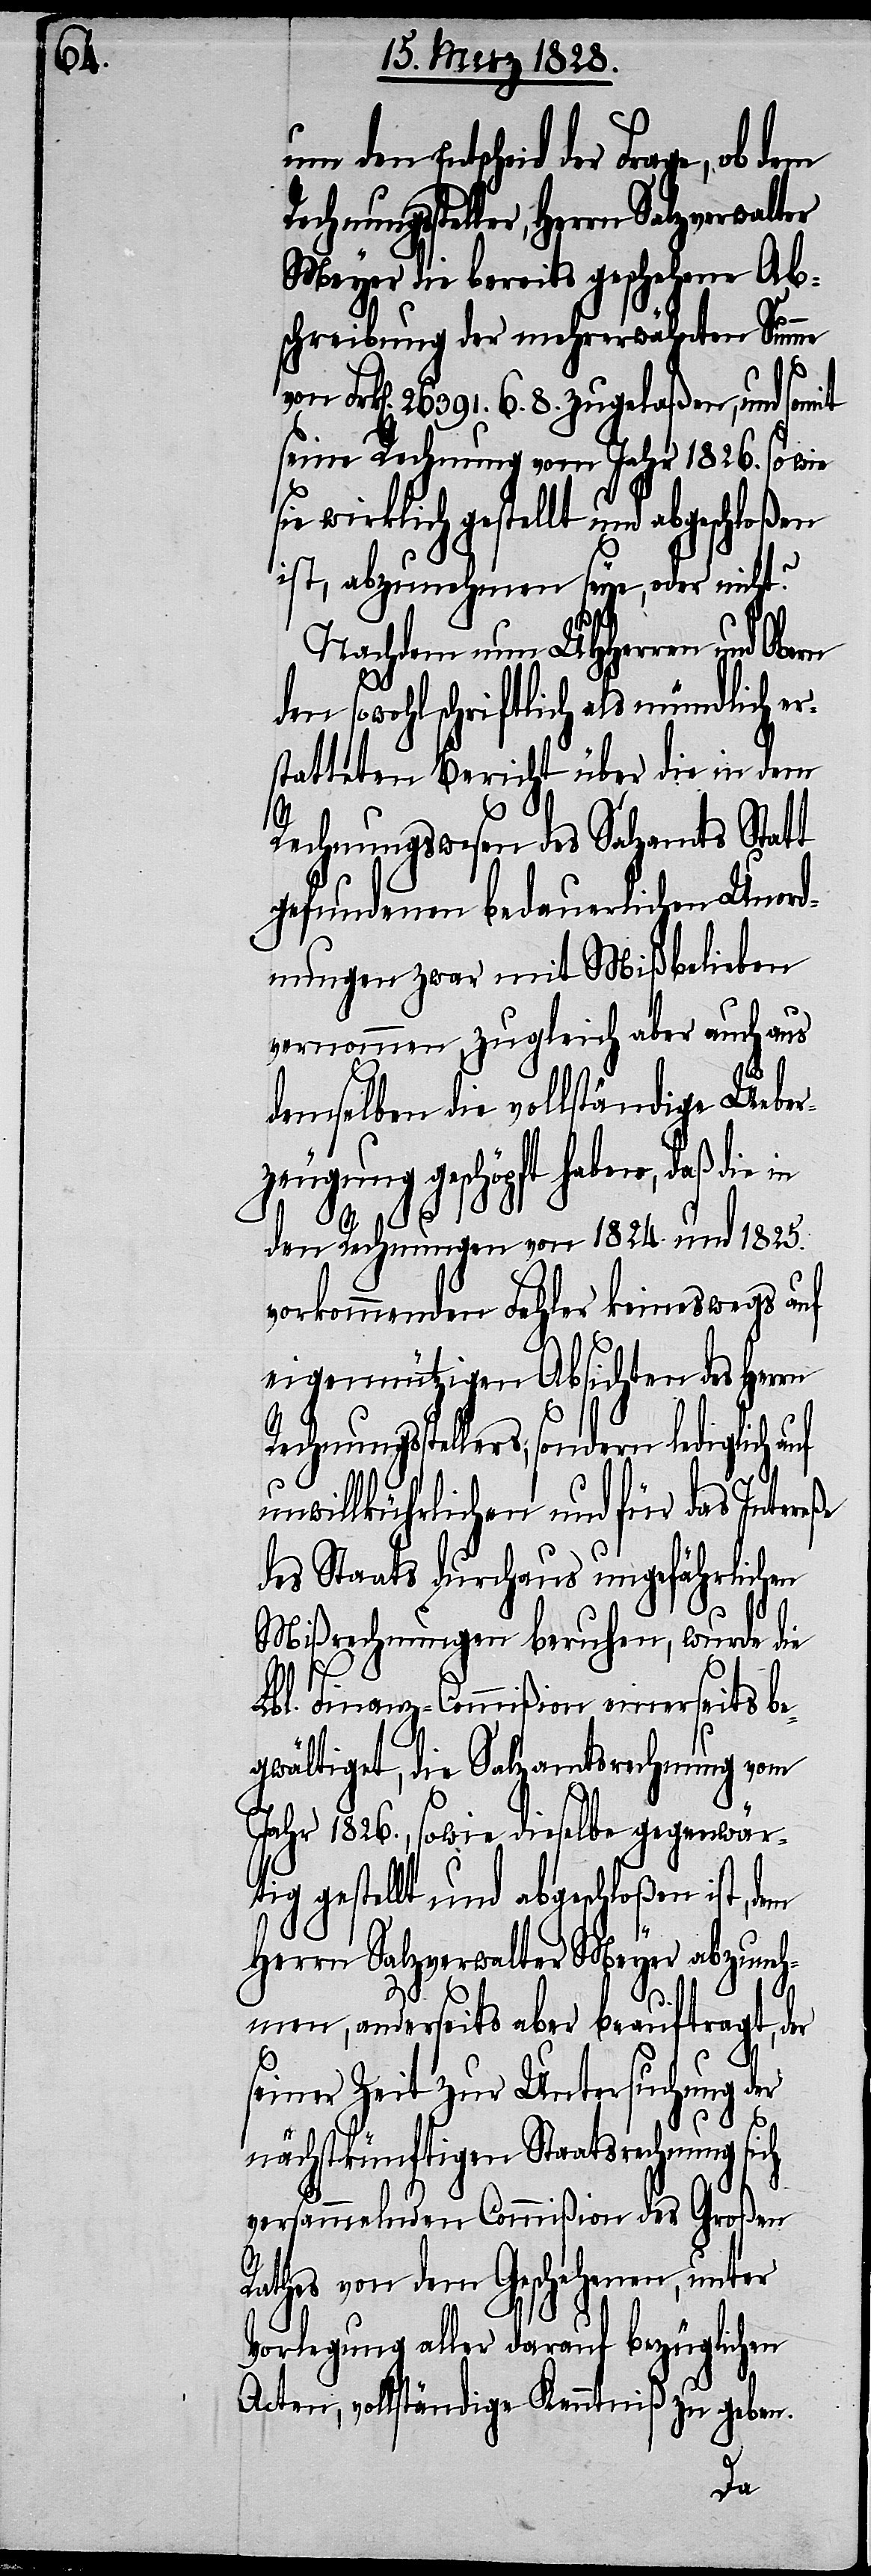
um den Entscheid der Frage, ob
Meyer die bereits geschehene Ab¬
schreibung der mehrerwähnten Summe
26 391. 6. 8. zugelaßen, und somit
seine Rechnung vom Jahr 1826. so wie
wirklich gestellt und abgeschloßen
ist, abzunehmen seye, oder nicht?
Nachdem nun UHHerren und
den sowohl schriftlich als mündlich er¬
statteten Bericht über die in dem
Rechnungswesen des Salzamts Statt
gefundenen bedauerlichen Unord¬
nungen zwar mit Mißbelieben
vernommen, zugleich aber auch aus
demselben die vollständige Ueber¬
zeugung geschöpft haben, daß die
den Rechnungen von 1824. und 1825.
vorkommenden Fehler keineswegs auf
eigennützigen Absichten des Herrn
Rechnungsstellers, sondern lediglich
unwillkürlichen und für das Intereße
des Staats durchaus ungefährlichen
Mißrechnungen beruhen, wurde die
Lbl. Finanz-Commißion einerseits be¬
gwältiget, die Salzamtsrechnung vom
Jahr 1826., sowie dieselbe gegenwär¬
tig gestellt und abgeschloßen ist, dem
Herrn Salzverwalter Meyer abzuneh¬
men, anderseits aber beauftragt, der
seiner Zeit zur Untersuchung der
nächstkünftigen Staatsrechnung sich
versammelnden Commißion des Großen
Rathes von dem Geschehenen, unter
Vorlegung aller darauf bezüglichen
Acten, vollständige Kenntniß zu geben.